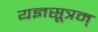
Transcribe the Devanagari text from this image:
यज्ञसूत्रम्